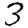
Digit: 3